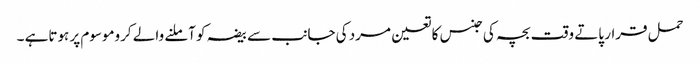
حمل قرار پاتے وقت بچہ کی جنس کا تعین مرد کی جانب سے بیضہ کو آملنے والے کروموسوم پر ہوتاہے ۔